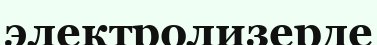
электролизерде